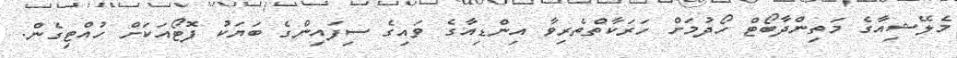
މެލޭޝިއާގެ މަތިންދާބޯޓް ހޯދުމަށް ހަރަކާތްތެރިވާ އިންޑިއާގެ ވައިގެ ސިފައިންގެ ބަޔަކު ފޮޓޯއަކަށް ހުއްޓިގެން.